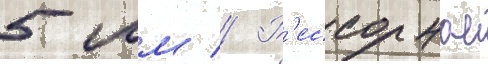
5 мм // Р'ессорное